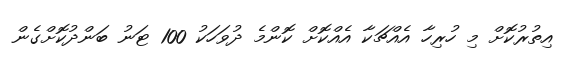
އިތުރުކޮށް މި ހުރިހާ އެއްޗަކާ އެއްކޮށް ކޮންމެ ދުވަހަކު 100 ޓަނު ބަންދުކޮށްގެން